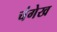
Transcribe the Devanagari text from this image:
चंगेख